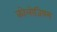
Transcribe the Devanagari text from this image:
कोलोजियम